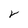
Character: V